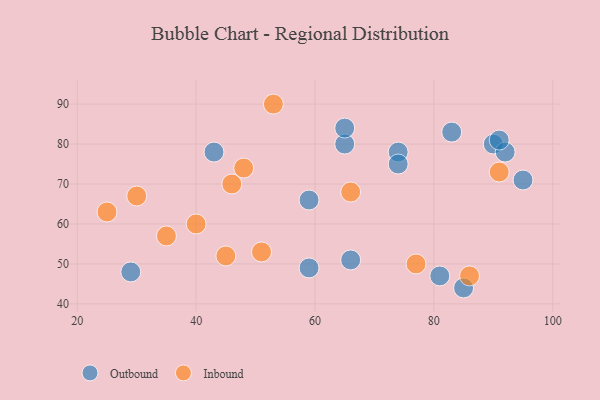
{"axis": {"x": "GDP", "y": "Life Expectancy"}, "legend": ["Inbound", "Outbound"], "data": [{"x": "59", "y": 49, "type": "Outbound"}, {"x": "66", "y": 51, "type": "Outbound"}, {"x": "74", "y": 78, "type": "Outbound"}, {"x": "85", "y": 44, "type": "Outbound"}, {"x": "81", "y": 47, "type": "Outbound"}, {"x": "29", "y": 48, "type": "Outbound"}, {"x": "90", "y": 80, "type": "Outbound"}, {"x": "74", "y": 75, "type": "Outbound"}, {"x": "92", "y": 78, "type": "Outbound"}, {"x": "65", "y": 80, "type": "Outbound"}, {"x": "65", "y": 84, "type": "Outbound"}, {"x": "95", "y": 71, "type": "Outbound"}, {"x": "59", "y": 66, "type": "Outbound"}, {"x": "83", "y": 83, "type": "Outbound"}, {"x": "91", "y": 81, "type": "Outbound"}, {"x": "43", "y": 78, "type": "Outbound"}, {"x": "45", "y": 52, "type": "Inbound"}, {"x": "46", "y": 70, "type": "Inbound"}, {"x": "77", "y": 50, "type": "Inbound"}, {"x": "25", "y": 63, "type": "Inbound"}, {"x": "86", "y": 47, "type": "Inbound"}, {"x": "51", "y": 53, "type": "Inbound"}, {"x": "91", "y": 73, "type": "Inbound"}, {"x": "40", "y": 60, "type": "Inbound"}, {"x": "35", "y": 57, "type": "Inbound"}, {"x": "53", "y": 90, "type": "Inbound"}, {"x": "66", "y": 68, "type": "Inbound"}, {"x": "30", "y": 67, "type": "Inbound"}, {"x": "48", "y": 74, "type": "Inbound"}]}